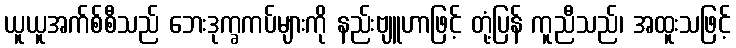
ယူယူအက်စ်စီသည် ဘေးဒုက္ခကပ်များကို နည်းဗျူဟာဖြင့် တုံ့ပြန် ကူညီသည်၊ အထူးသဖြင့်